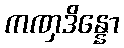
ကဏှဒိန္နော